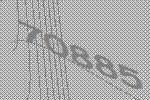
70885